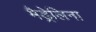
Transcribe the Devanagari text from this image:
मैड्रेलिना